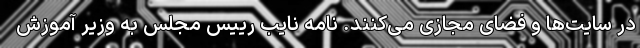
در سایت‌ها و فضای مجازی می‌کنند. نامه‌ نایب رییس مجلس به وزیر آموزش